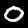
Label: 0